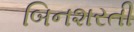
બિનશરતી